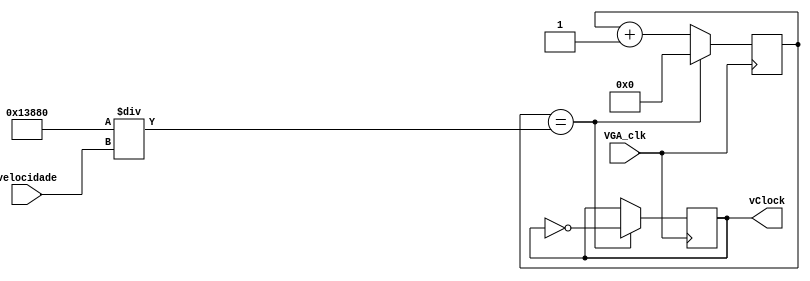
module velocidade_objeto (
	input VGA_clk,
	input wire [2:0] velocidade,
	output reg vClock
);
	reg [28:0] countClk;	
	
	always @(posedge VGA_clk)
		begin			
			if(countClk == (80000 / velocidade)) begin
				countClk <= 0;
				vClock <= ~vClock;
			end
			else
				countClk <= countClk + 1;
		end
		
endmodule